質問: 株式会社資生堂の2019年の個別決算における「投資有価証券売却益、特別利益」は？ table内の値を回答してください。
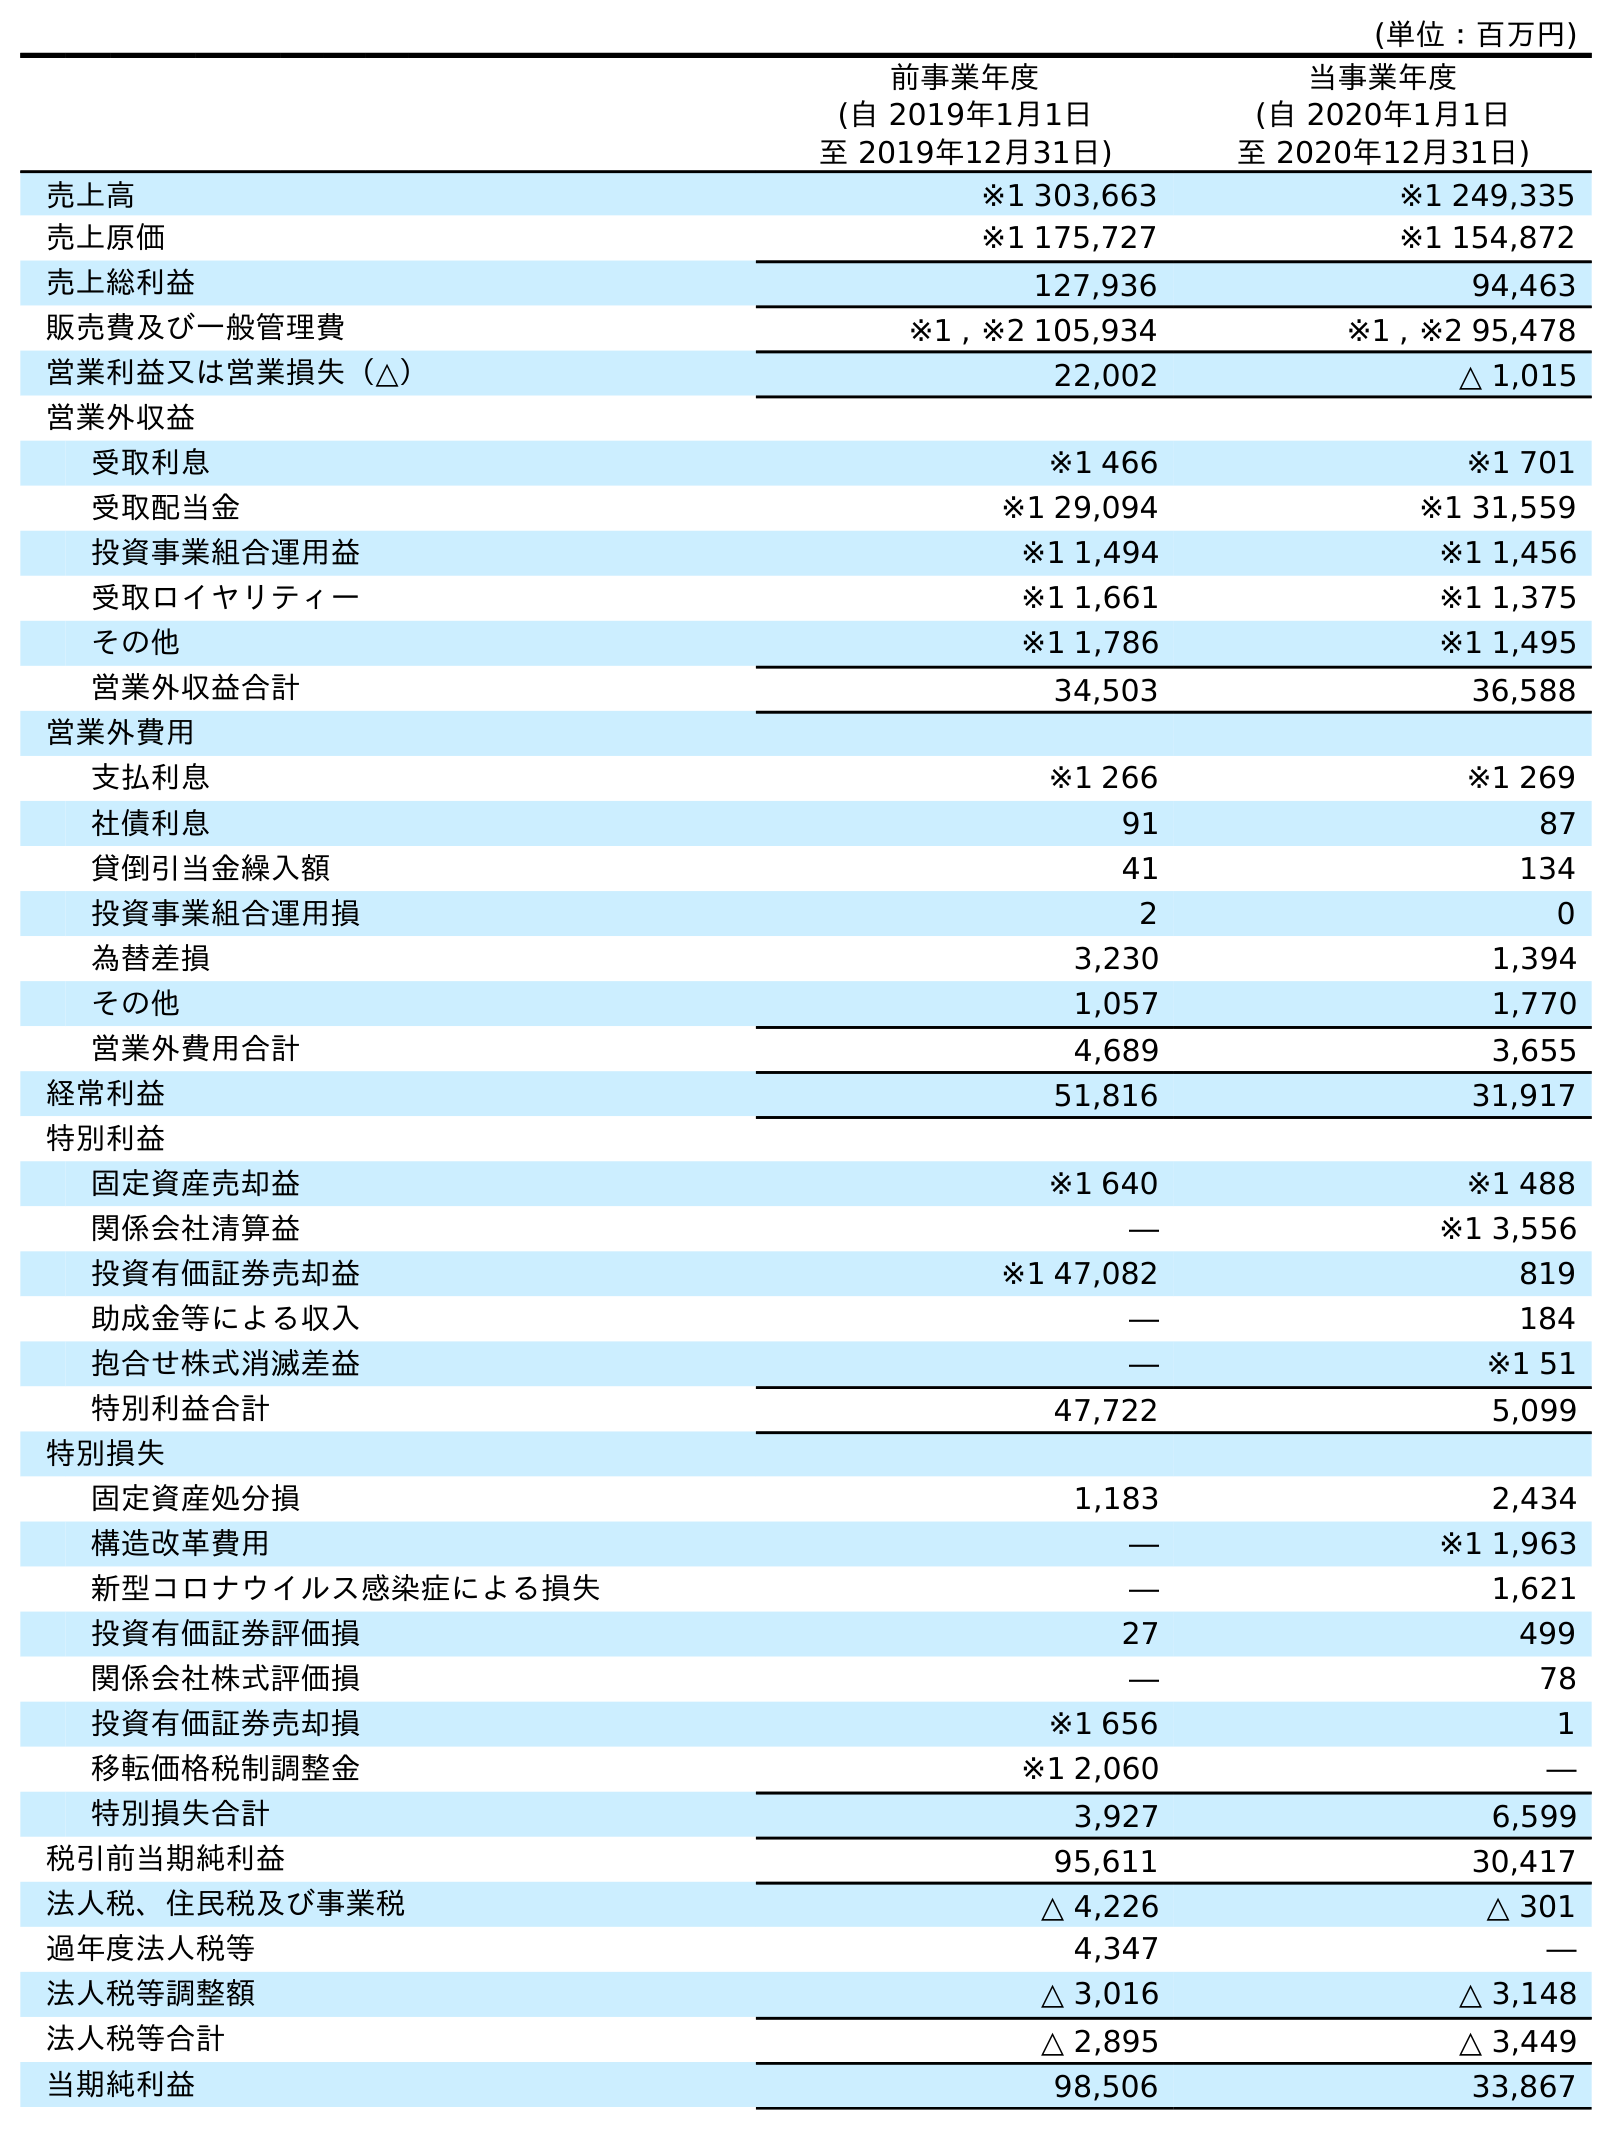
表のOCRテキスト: (単位：百万円) 前事業年度 (自 2019年1月1日 至 2019年12月31日) 当事業年度 (自 2020年1月1日 至 2020年12月31日) 売上高 ※1 303,663 ※1 249,335 売上原価 ※1 175,727 ※1 154,872 売上総利益 127,936 94,463 販売費及び一般管理費 ※1 , ※2 105,934 ※1 , ※2 95,478 営業利益又は営業損失（△） 22,002 △ 1,015 営業外収益 受取利息 ※1 466 ※1 701 受取配当金 ※1 29,094 ※1 31,559 投資事業組合運用益 ※1 1,494 ※1 1,456 受取ロイヤリティー ※1 1,661 ※1 1,375 その他 ※1 1,786 ※1 1,495 営業外収益合計 34,503 36,588 営業外費用 支払利息 ※1 266 ※1 269 社債利息 91 87 貸倒引当金繰入額 41 134 投資事業組合運用損 2 0 為替差損 3,230 1,394 その他 1,057 1,770 営業外費用合計 4,689 3,655 経常利益 51,816 31,917 特別利益 固定資産売却益 ※1 640 ※1 488 関係会社清算益 ― ※1 3,556 投資有価証券売却益 ※1 47,082 819 助成金等による収入 ― 184 抱合せ株式消滅差益 ― ※1 51 特別利益合計 47,722 5,099 特別損失 固定資産処分損 1,183 2,434 構造改革費用 ― ※1 1,963 新型コロナウイルス感染症による損失 ― 1,621 投資有価証券評価損 27 499 関係会社株式評価損 ― 78 投資有価証券売却損 ※1 656 1 移転価格税制調整金 ※1 2,060 ― 特別損失合計 3,927 6,599 税引前当期純利益 95,611 30,417 法人税、住民税及び事業税 △ 4,226 △ 301 過年度法人税等 4,347 ― 法人税等調整額 △ 3,016 △ 3,148 法人税等合計 △ 2,895 △ 3,449 当期純利益 98,506 33,867
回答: ※147,082